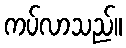
ကပ်လာသည်။